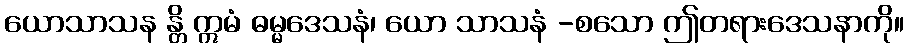
ယောသာသန န္တိ ဣမံ ဓမ္မဒေသနံ၊ ယော သာသနံ -စသော ဤတရားဒေသနာကို။